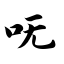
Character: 呒